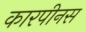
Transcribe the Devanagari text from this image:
कारपीनस